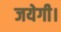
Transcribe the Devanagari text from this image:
जयेगी।